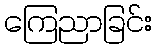
ကြေညာခြင်း